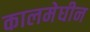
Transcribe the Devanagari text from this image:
कालमेघीन